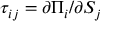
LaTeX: \tau _ { i j } = \partial \Pi _ { i } / \partial S _ { j }